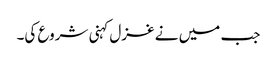
جب میں نے غزل کہنی شروع کی۔